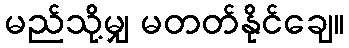
မည်သို့မျှ မတတ်နိုင်ချေ။